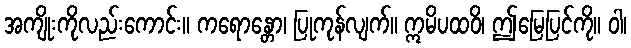
အကျိုးကိုလည်းကောင်း။ ကရောန္တော၊ ပြုကုန်လျက်။ ဣမိပထဝိ၊ ဤမြေပြင်ကို။ ဝါ၊